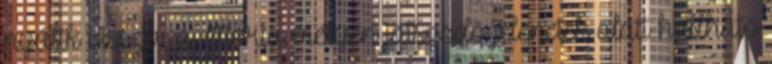
nyúlik vissza, a Mória mélyén játszódó jelenetek alatt hallható